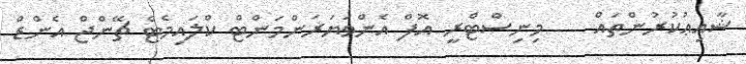
ޝާއިޢުކުރުންތައް    މިނިސްޓްރީ އޮފް އެންވަޔަރަންމަންޓް ކްލައިމެޓް ޗޭންޖް އެންޑް